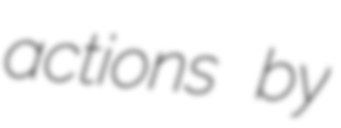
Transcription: actions by